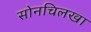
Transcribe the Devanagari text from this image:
सोनचिलखा